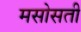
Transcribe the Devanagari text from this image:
मसोसती